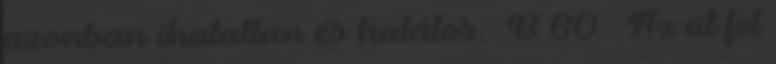
azonban ihatatlan és halálos. B 60. Az út fel